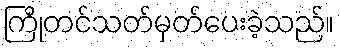
ကြိုတင်သတ်မှတ်ပေးခဲ့သည်။